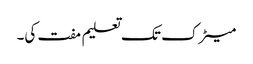
میٹرک تک تعلیم مفت کی۔